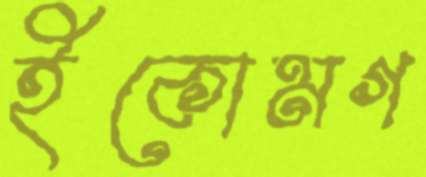
ইকোমগ